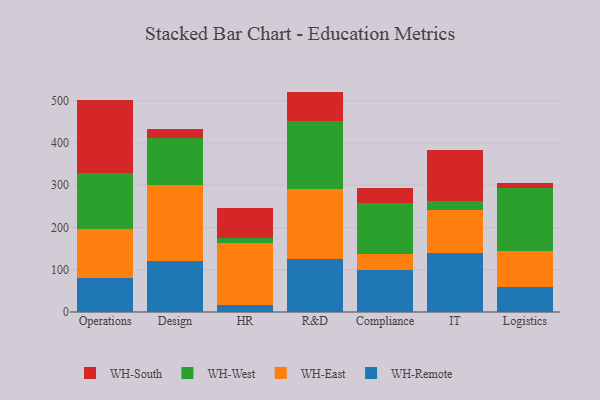
{"axis": {"x": "Department", "y": "Humidity (%)"}, "legend": ["WH-East", "WH-Remote", "WH-South", "WH-West"], "data": [{"x": "Operations", "y": 79.7, "type": "WH-Remote"}, {"x": "Operations", "y": 117.5, "type": "WH-East"}, {"x": "Operations", "y": 132.4, "type": "WH-West"}, {"x": "Operations", "y": 171.3, "type": "WH-South"}, {"x": "Design", "y": 120.3, "type": "WH-Remote"}, {"x": "Design", "y": 179.0, "type": "WH-East"}, {"x": "Design", "y": 112.3, "type": "WH-West"}, {"x": "Design", "y": 21.2, "type": "WH-South"}, {"x": "HR", "y": 16.2, "type": "WH-Remote"}, {"x": "HR", "y": 147.6, "type": "WH-East"}, {"x": "HR", "y": 12.0, "type": "WH-West"}, {"x": "HR", "y": 70.4, "type": "WH-South"}, {"x": "R&D", "y": 124.8, "type": "WH-Remote"}, {"x": "R&D", "y": 165.4, "type": "WH-East"}, {"x": "R&D", "y": 160.6, "type": "WH-West"}, {"x": "R&D", "y": 70.5, "type": "WH-South"}, {"x": "Compliance", "y": 98.6, "type": "WH-Remote"}, {"x": "Compliance", "y": 39.4, "type": "WH-East"}, {"x": "Compliance", "y": 119.3, "type": "WH-West"}, {"x": "Compliance", "y": 36.7, "type": "WH-South"}, {"x": "IT", "y": 140.1, "type": "WH-Remote"}, {"x": "IT", "y": 100.8, "type": "WH-East"}, {"x": "IT", "y": 22.6, "type": "WH-West"}, {"x": "IT", "y": 120.7, "type": "WH-South"}, {"x": "Logistics", "y": 58.9, "type": "WH-Remote"}, {"x": "Logistics", "y": 85.8, "type": "WH-East"}, {"x": "Logistics", "y": 149.4, "type": "WH-West"}, {"x": "Logistics", "y": 10.8, "type": "WH-South"}]}